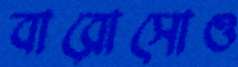
বারোসোও